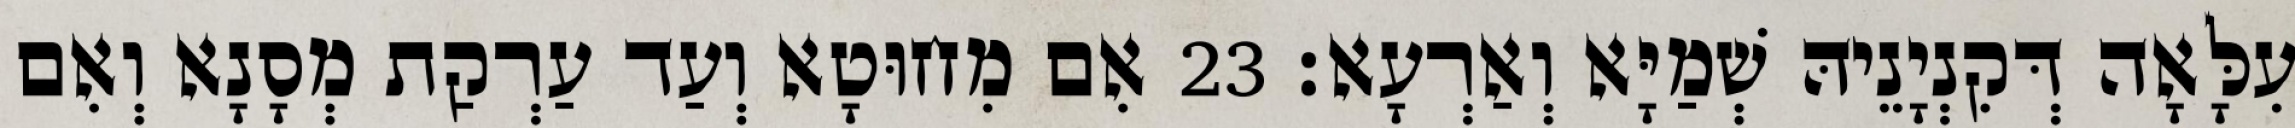
עִלָּאָה דְּקִנְיָנֵיהּ שְׁמַיָּא וְאַרְעָא׃ 23 אִם מִחוּטָא וְעַד עַרְקַת מְסָנָא וְאִם